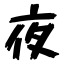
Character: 夜